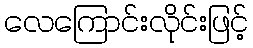
လေကြောင်းလိုင်းဖြင့်